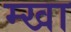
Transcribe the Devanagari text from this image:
म्खा